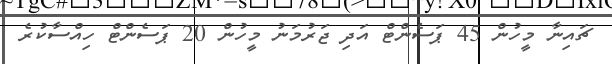
ޗައިނާ މީހުން 45 ޕަސެންޓް އަދި ޖަރުމަނު މީހުން 20 ޕަސެންޓް ހިއްސާކުރެ